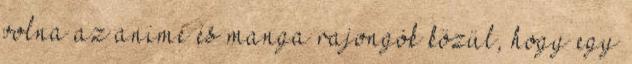
volna az anime és manga rajongók közül, hogy egy